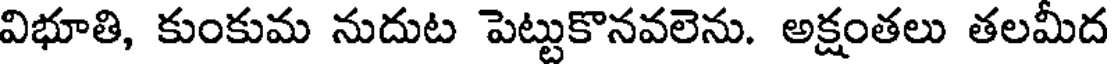
విభూతి, కుంకుమ నుదుట పెట్టుకొనవలెను. అక్షంతలు తలమీద